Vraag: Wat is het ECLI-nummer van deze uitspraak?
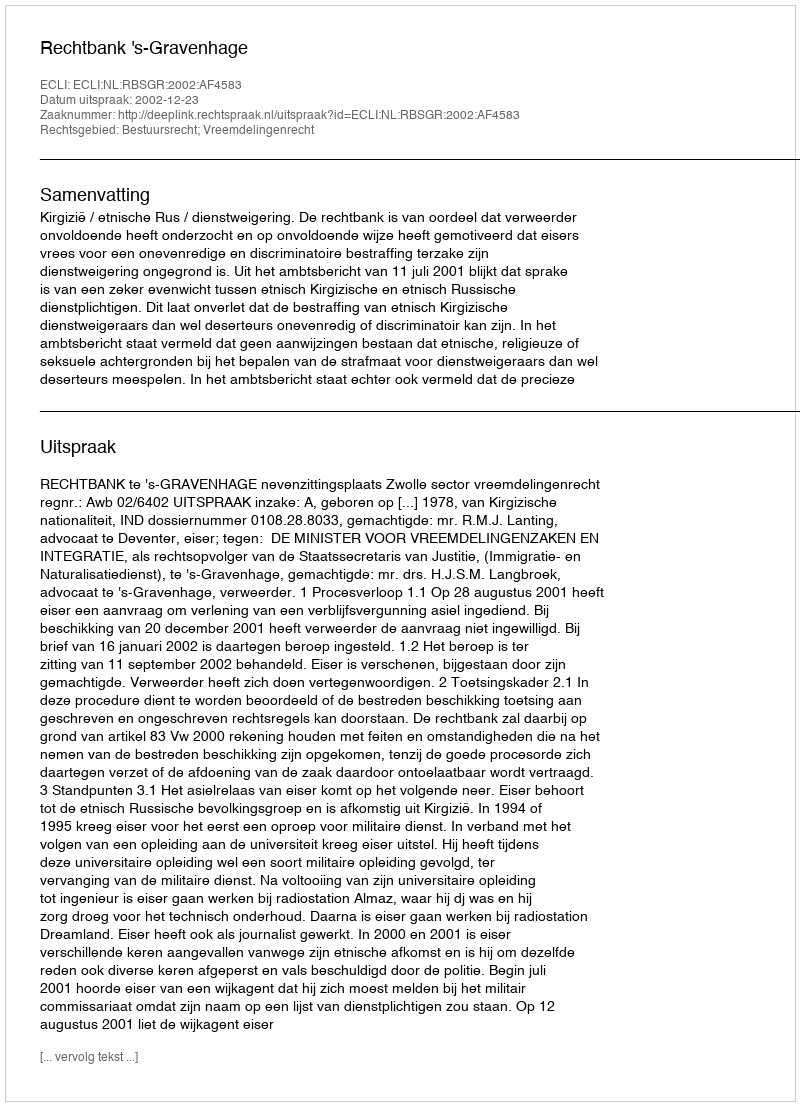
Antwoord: ECLI:NL:RBSGR:2002:AF4583